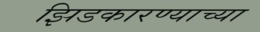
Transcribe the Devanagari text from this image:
झिडकारण्याच्या